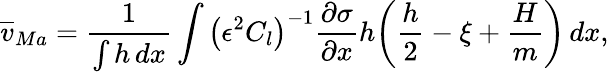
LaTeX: \overline{{v}}_{Ma}=\frac{1}{\int h\, dx}\int\left(\epsilon^{2}C_{l}\right)^{-1}\frac{\partial\sigma}{\partial x}h\bigg(\frac{h}{2}-\xi+\frac{H}{m}\bigg)\, dx,